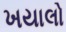
ખયાલો